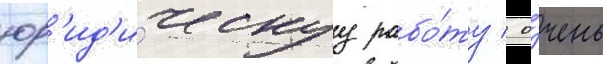
юр'ид'и́ческуу рабо́ту / о́чень